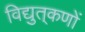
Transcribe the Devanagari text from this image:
विद्युत्‌कणों